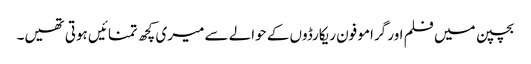
بچپن میں فلم اور گرامو فون ریکارڈوں کے حوالے سے میری کچھ تمنائیں ہوتی تھیں۔